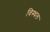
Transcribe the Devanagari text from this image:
विस्थल